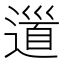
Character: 𨕥